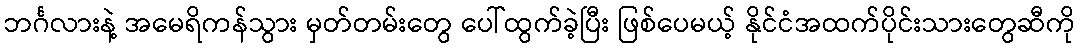
ဘင်္ဂလားနဲ့ အမေရိကန်သွား မှတ်တမ်းတွေ ပေါ်ထွက်ခဲ့ပြီး ဖြစ်ပေမယ့် နိုင်ငံအထက်ပိုင်းသားတွေဆီကို